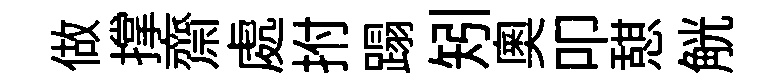
做撑齋處拊蹋矧奧叩憇觥